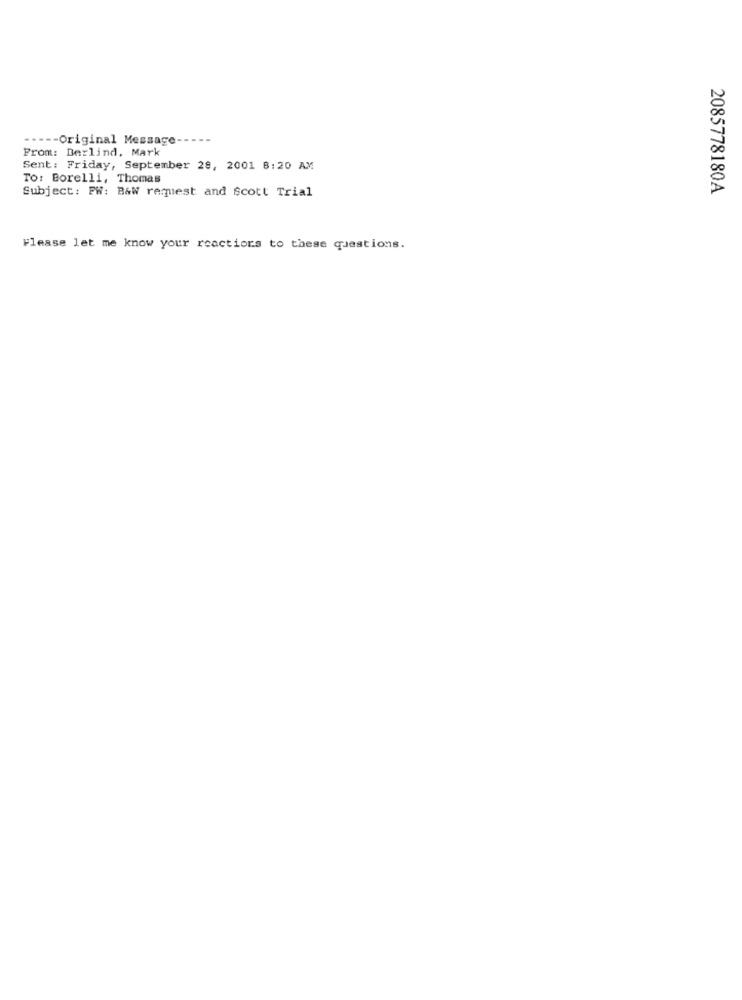
..--- Original Message
From: Berlind. Mark
Sent: Friday, September 28, 2001 8:20 AM
TO: Borelli, Thomas
Subject: FW: B&W request and Scott Trial
2085778180A
Please let me know your reactions to these questions.